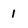
Character: 1